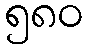
၅၈၀